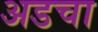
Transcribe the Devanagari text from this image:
अडचा